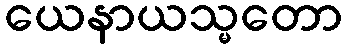
ယေနာယသ္မတော